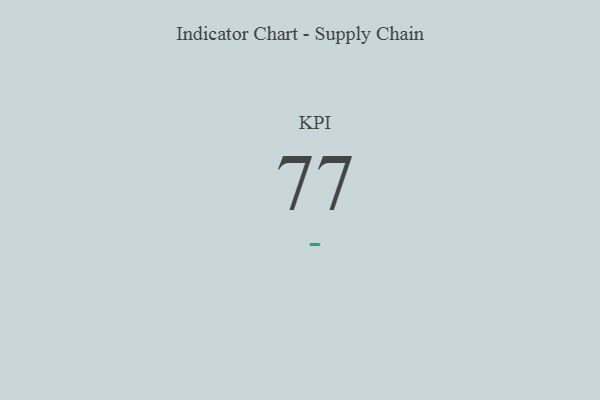
{"axis": {"x": "KPI", "y": "Value"}, "legend": [""], "data": [{"x": "KPI", "y": 77, "type": ""}]}